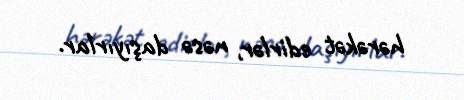
hərəkət edirlər, nəsə daşıyırlar.